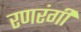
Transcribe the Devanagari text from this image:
रणरंगी